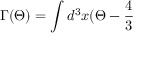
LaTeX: \Gamma ( \Theta ) = \int d ^ { 3 } x ( \Theta - \frac { 4 } { 3 }